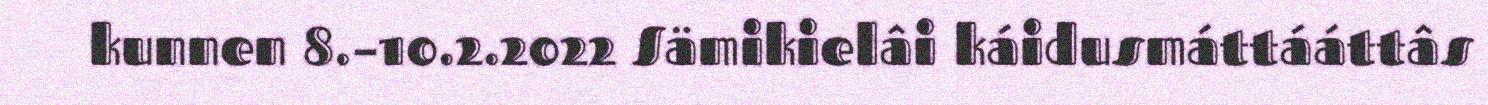
kunnen 8.–10.2.2022 Sämikielâi káidusmáttááttâs